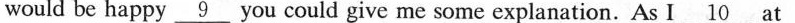
would be happy\underline{9}you could give me some explanation. As I\underline{10} at